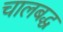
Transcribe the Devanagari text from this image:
चालबद्ध